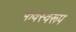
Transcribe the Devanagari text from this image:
फवस्वरूप